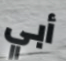
أبي